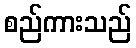
စည်ကားသည်